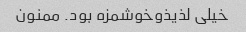
خیلی لذیذوخوشمزه بود. ممنون